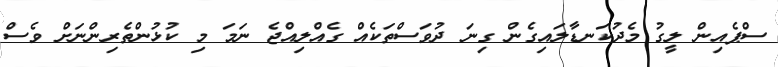
ސްޕެއިން ލީގު މެދުކަނޑާލައިގެން ގިނަ ދުވަސްތަކެއް ގެއްލިއްޖެ ނަަމަ މި ކުޅުންތެރިންނަށް ވެސް